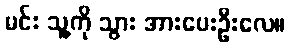
မင်း သူ့ကို သွား အားပေးဦးလေ။